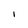
Character: 1